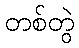
တစ်တွဲ